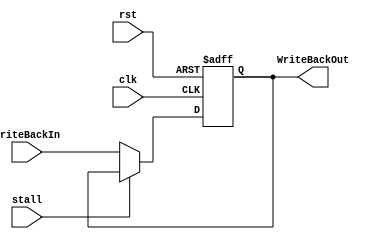
module WriteBackReg(clk, rst, stall, WriteBackIn, WriteBackOut);
input clk, rst, stall;
input[15:0] WriteBackIn;

output reg[15:0] WriteBackOut;

always @(posedge clk, posedge rst) begin
	if (rst) begin
		WriteBackOut = 16'd0;
	end
	else if (stall) begin
		WriteBackOut = WriteBackOut;
	end
	else begin
		WriteBackOut = WriteBackIn;
	end
end

endmodule